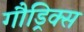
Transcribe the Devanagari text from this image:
गौड्रिक्स